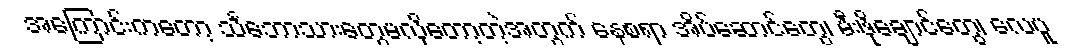
အကြောင်းကတော့ သင်္ဘောသားတွေမလိုတော့တဲ့အတွက် နေစရာ အိပ်ဆောင်တွေ၊ မီးဖိုချောင်တွေ၊ လေပူ